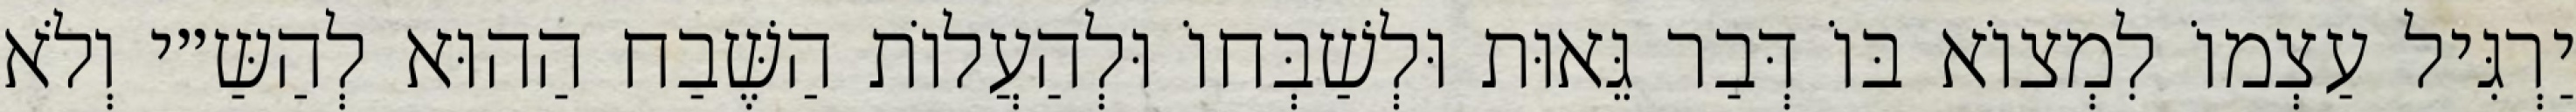
יַרְגִּיל עַצְמוֹ לִמְצוֹא בּוֹ דְּבַר גֵּאוּת וּלְשַׁבְּחוֹ וּלְהַעֲלוֹת הַשֶּׁבַח הַהוּא לְהַשַּ״י וְלֹא